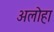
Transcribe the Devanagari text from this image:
अलोहा